system: You are a helpful assistant.
user:
Analyze the provided spectrum to determine if it is a **S-type Star**.

- **Key Indicators for S-type Star:**

    - **(Overall Spectrum Shape):** The first and most obvious characteristic is the overall continuum (the "baseline" shape). It is **extremely "red-sloping,"** meaning the flux (light intensity) is very low on the left side (blue, ~4000-4500 Å) and rises steeply and continuously toward the right side (red, ~7000 Å+).

    - **(Primary):** The spectrum is defined by the presence of strong, broad molecular absorption "valleys" (bands) from **Zirconium Oxide (ZrO)**. The identification of these bands is the **primary requirement** for classifying a star as S-type.
        - **(Key Bandheads):** You must find distinct, deep "dips" where the light has been absorbed. The most critical band systems to locate are:
            - **~6474 Å** ($\gamma$-system): This is often the strongest and clearest ZrO feature, found in the red part of the spectrum.
            - **~5718 Å** & **~5551 Å** ($\beta$-system): A pair of prominent absorption features in the yellow-orange part of the spectrum.
            - **~4640 Å** ($\alpha$-system): A key absorption band system in the blue-green region of the spectrum.

    - **(Secondary Confirmation):** The classification is strengthened by finding additional absorption bands from other related heavy element oxides, which are expected to be present alongside ZrO.
        - **(Key Bandheads):**
            - **Yttrium Oxide (YO):** Look for absorption dips near **~4800 Å** and **~6100 Å**.
            - **Lanthanum Oxide (LaO):** Additional absorption features, particularly in the red-orange part of the spectrum, are also characteristic.

    - **(Line Profile):** The combination of the steep red continuum and these numerous, deep molecular bands (ZrO, YO, etc.) gives the entire spectrum a very **"chopped-up"** or **"bumpy"** appearance. Instead of a smooth curve, the spectrum looks as though large, wide chunks of light have been "carved out" of it at the specific wavelengths listed above.

Think first, call **spectral_visualization_tool** if needed to examine features in detail, then provide your final answer. Your response must adhere to the following strict rules:
1.  **Overall Structure:** Your response must follow the format `<think>...</think> <tool_call>...</tool_call> (if a tool is used) <answer>...</answer>`.
2.  **Tool Usage Constraint:** You may only make **one** tool call per turn.
3.  **Final Answer Format:** In the `<answer>` tag, your conclusion must be inside a `\boxed{}` command (e.g., `\boxed{YES}` or `\boxed{NO}`), followed by your justification.

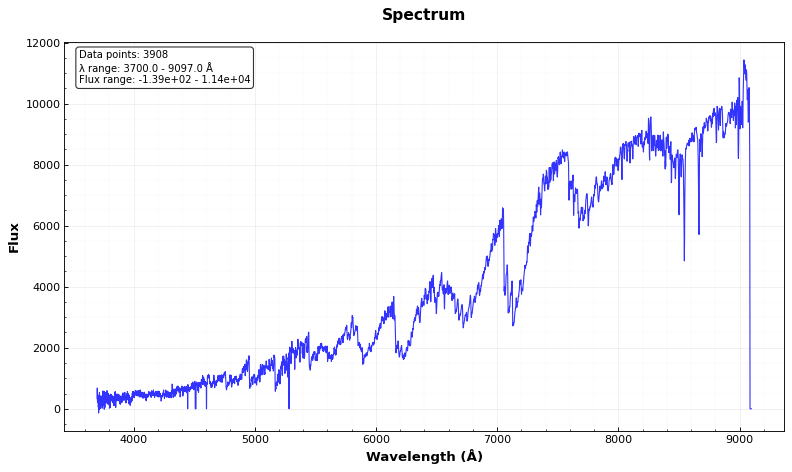
Answer: YES